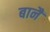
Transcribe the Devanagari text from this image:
बानैं